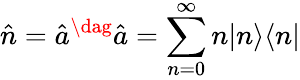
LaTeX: \hat{n}=\hat{a}^{\dag}\hat{a}=\sum_{n=0}^{\infty}n|n\rangle\langle n|